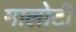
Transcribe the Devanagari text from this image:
मालोटी